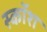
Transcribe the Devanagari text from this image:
स्कॉश